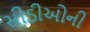
સીડીઓની